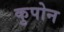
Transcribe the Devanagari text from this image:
कुपोन